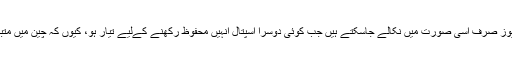
تاہم نانجنگ اسپتال انتظامیہ کی جانب سے شرط رکھی گئی کہ ایمبریوز صرف اسی صورت میں نکالے جاسکتے ہیں جب کوئی دوسرا اسپتال انہیں محفوظ رکھنے کےلیے تیار ہو، کیوں کہ چین میں متبادل ماں (سروگیٹ مدر) کے ذریعے بچے کی پیدائش غیرقانونی ہے۔